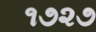
૧૭૨૭